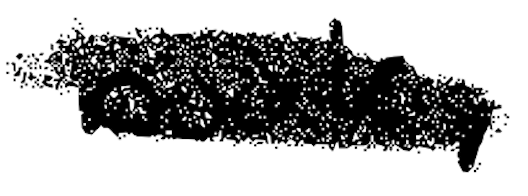
Text: book,
Cross-out: scratch
Writing tool: digital_black